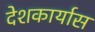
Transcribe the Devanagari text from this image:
देशकार्यास